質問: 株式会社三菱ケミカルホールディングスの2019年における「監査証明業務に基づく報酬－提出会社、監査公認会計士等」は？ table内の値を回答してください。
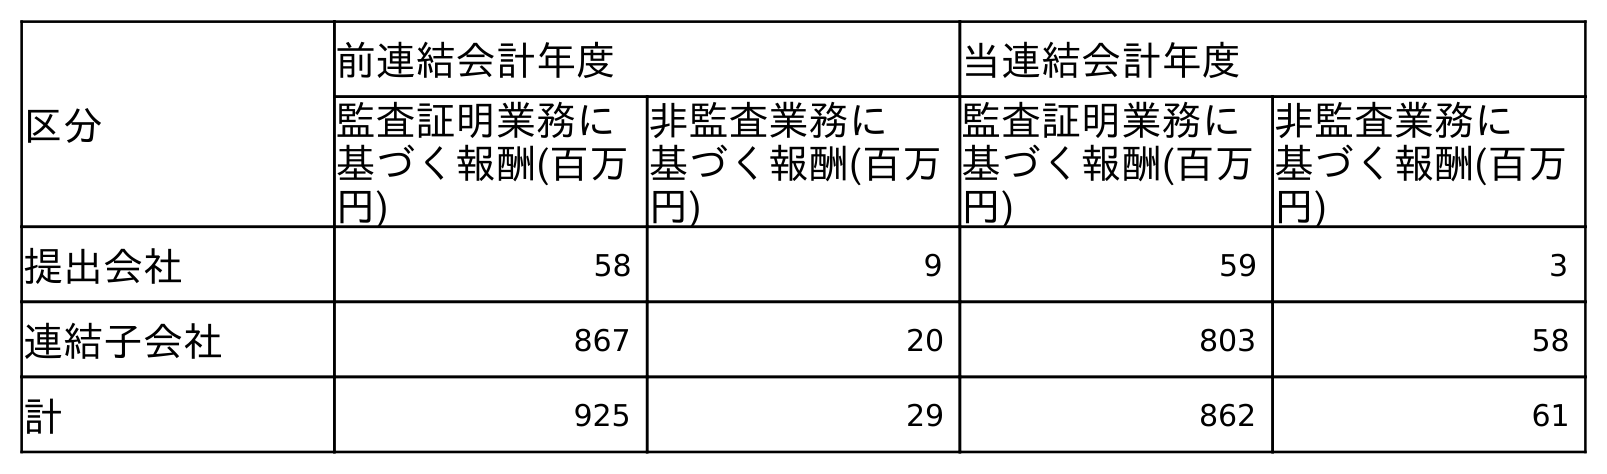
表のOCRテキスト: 区分 前連結会計年度 当連結会計年度 監査証明業務に 基づく報酬(百万 円) 非監査業務に 基づく報酬(百万 円) 監査証明業務に 基づく報酬(百万 円) 非監査業務に 基づく報酬(百万 円) 提出会社 58 9 59 3 連結子会社 867 20 803 58 計 925 29 862 61
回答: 58